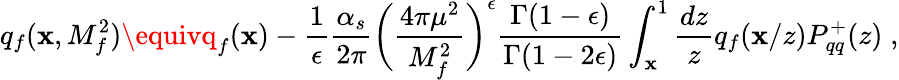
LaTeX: q_{f}(\mathbf{x},M_{f}^{2})\equivq_{f}(\mathbf{x})-{\frac{{1}}{{\epsilon}}}{\frac{{\alpha_{s}}}{{2\pi}}}{\biggl({\frac{{4\pi\mu^{2}}}{{M_{f}^{2}}}}\biggr)}^{\epsilon}{\frac{{\Gamma(1-\epsilon)}}{{\Gamma(1-2\epsilon)}}}\int_{\mathbf{x}}^{1}{\frac{{dz}}{{z}}}q_{f}(\mathbf{x}/z)P_{qq}^{+}(z)\; ,